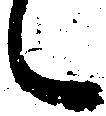
に